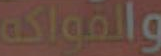
والفواكه